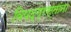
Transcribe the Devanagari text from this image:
विपद्‌ग्रस्तांना